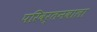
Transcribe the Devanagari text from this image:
परिवर्तनवाला